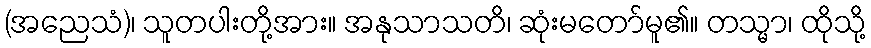
(အညေသံ)၊ သူတပါးတို့အား။ အနုသာသတိ၊ ဆုံးမတော်မူ၏။ တသ္မာ၊ ထိုသို့